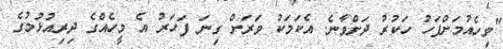
"ވިހެއުމަށްފަހު ހަކުރު ދަށްވާނެ. އެކަމަކު ވަރަށް ގިނަ ފަހަރު އެ މީހެއްގެ ދިރިއުޅުމުގެ